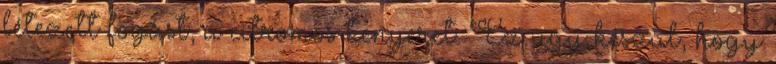
létezett fogást, a citromos kenyeret. Ez úgy készül, hogy